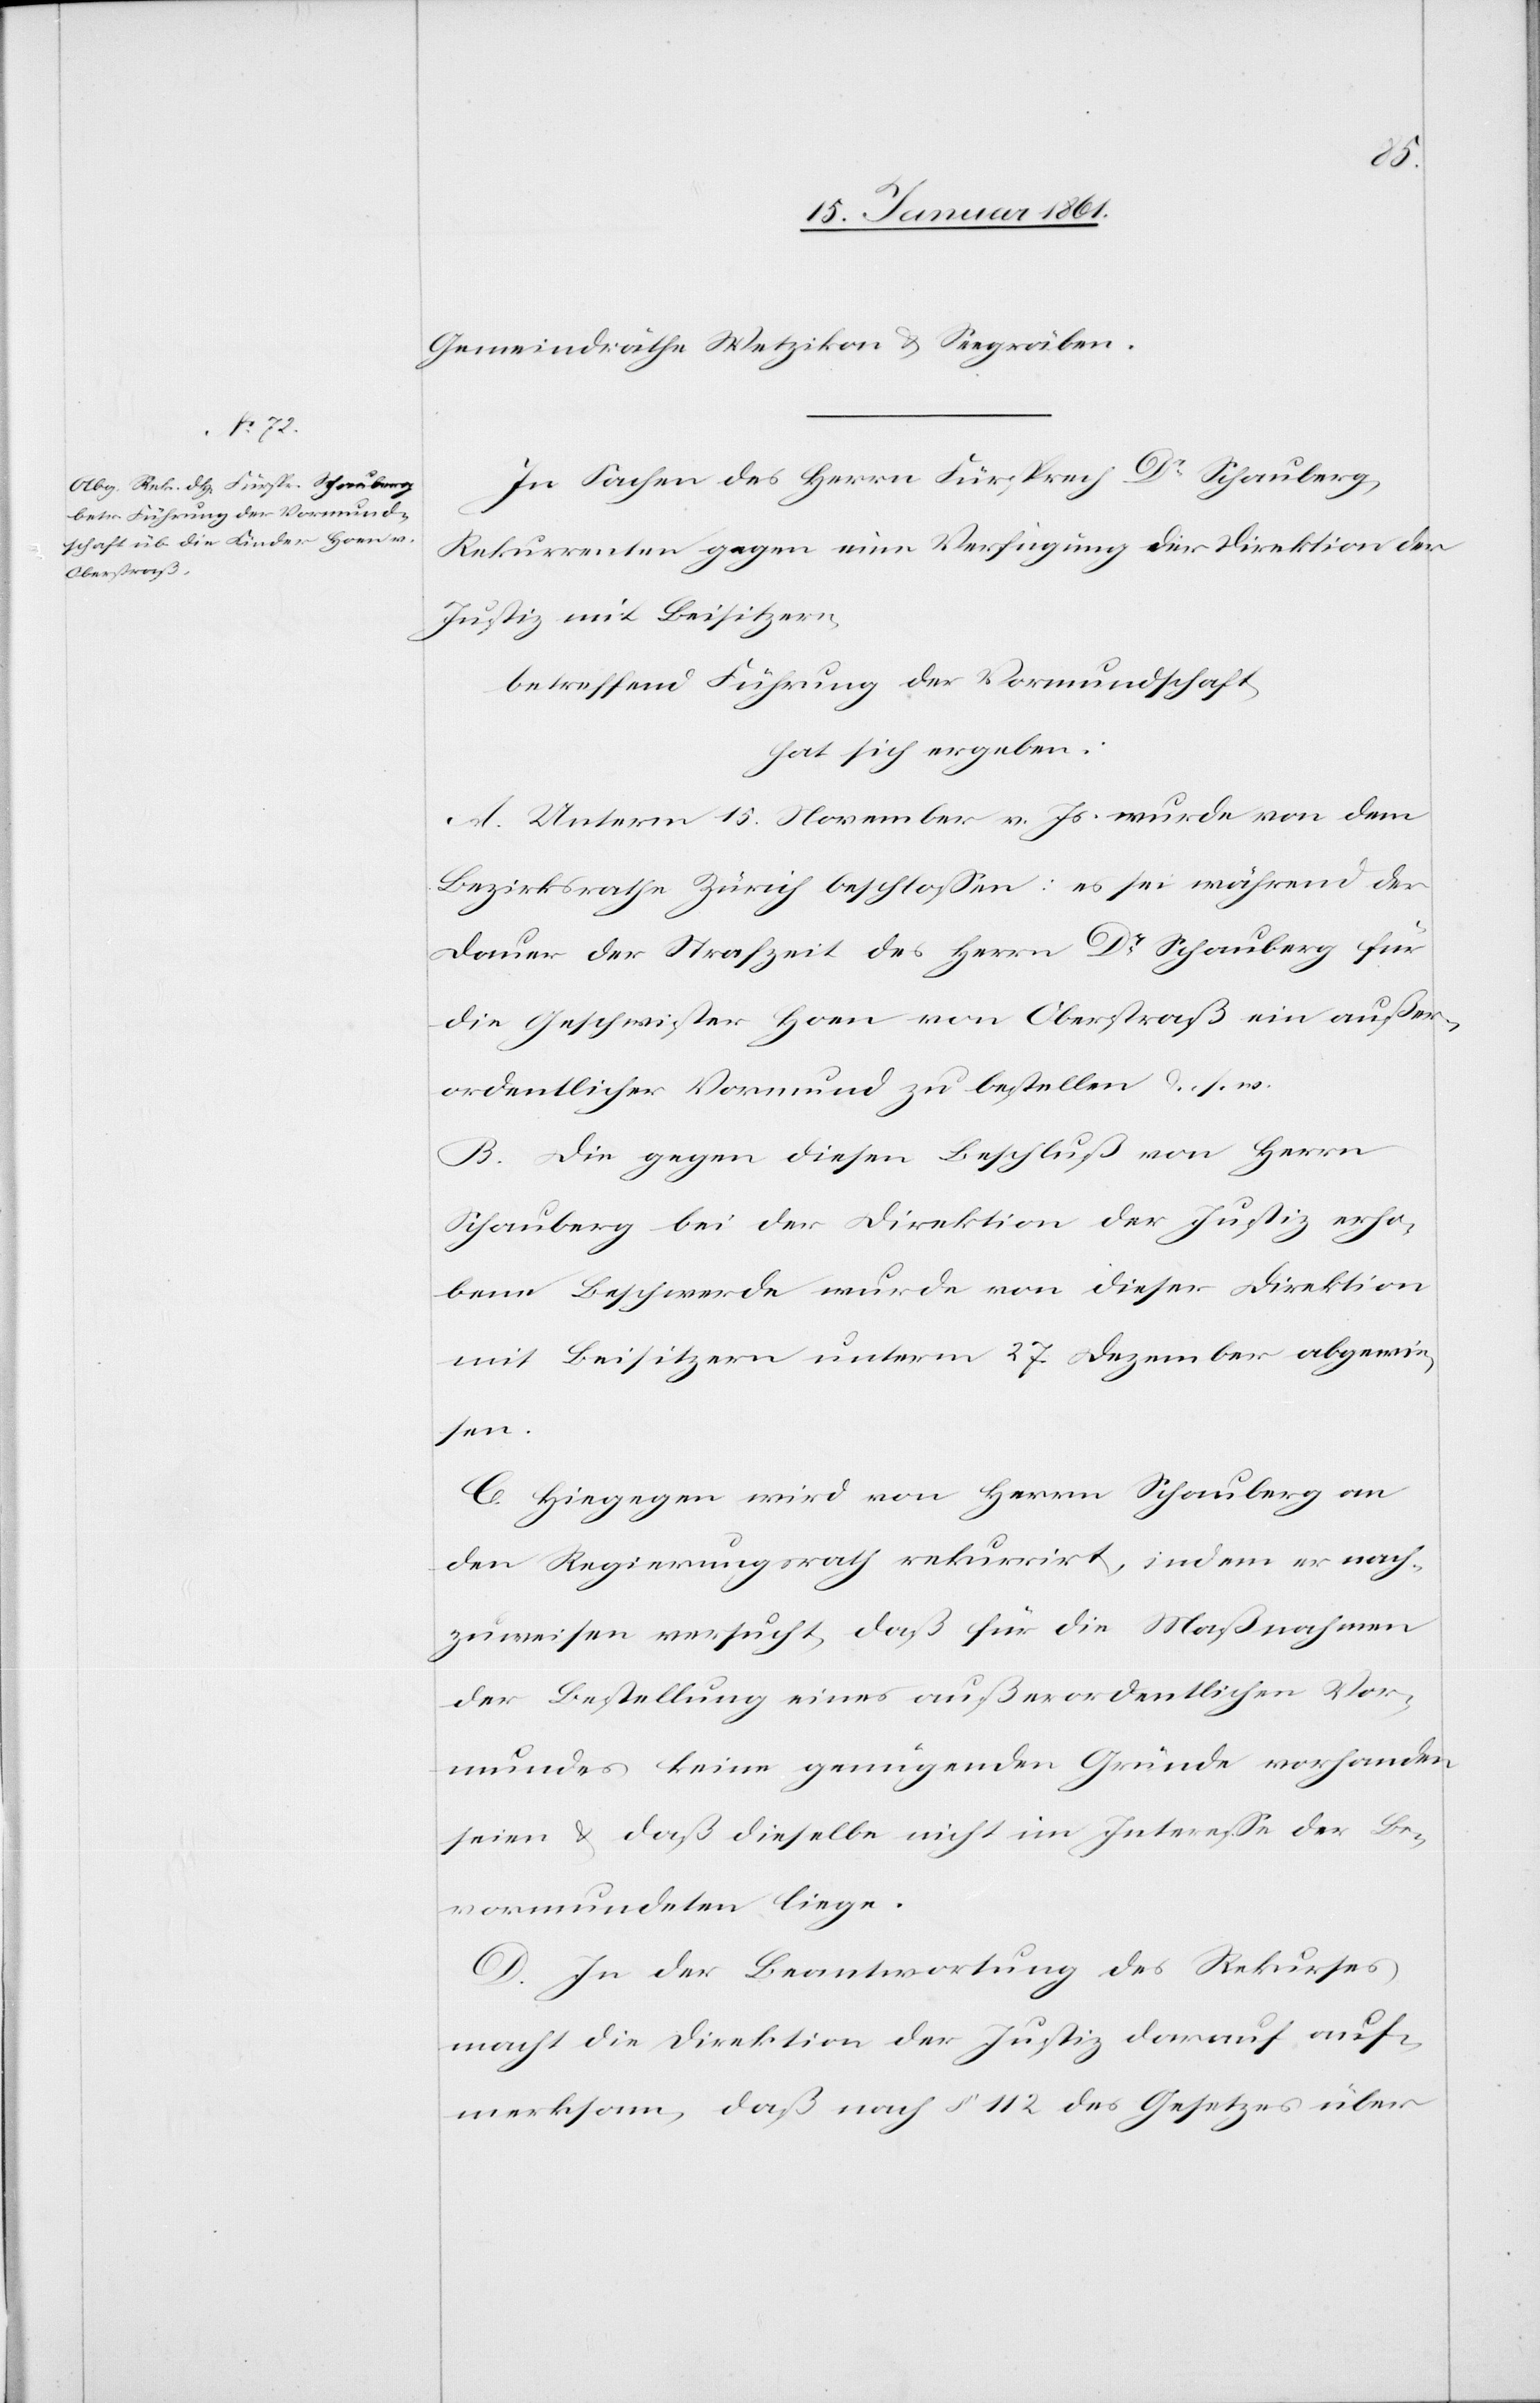
Gemeindräthe Wetzikon u. Seegräben.
In Sachen des Herrn Fürsprech Dr. Schauberg,
Rekurrenten gegen eine Verfügung der Direktion der
Justiz mit Beisitzern,
betreffend Führung der Vormundschaft,
hat sich ergeben:
A. Unterm 15. November v. Js. wurde von dem
Bezirksrathe Zürich beschlossen: es sei während der
Dauer der Strafzeit des Herrn Dr. Schauberg für
die Geschwister Hoen von Oberstraß ein außer¬
ordentlicher Vormund zu bestellen u. s. w.
B. Die gegen diesen Beschluß von Herrn
Schauberg bei der Direktion der Justiz erho¬
bene Beschwerde wurde von dieser Direktion
mit Beisitzern unterm 27. Dezember abgewie¬
sen.
C. Hiegegen wird von Herrn Schauberg an
den Regierungsrath rekurrirt, indem er nach¬
zuweisen versucht, daß für die Maßnahmen
der Bestellung eines außerordentlichen Vor¬
mundes keine genügenden Gründe vorhanden
seien u. daß dieselbe nicht im Interesse der Be¬
vormundeten liege.
D. In der Beantwortung des Rekurses
macht die Direktion der Justiz darauf auf¬
merksam, daß nach §. 112 des Gesetzes über